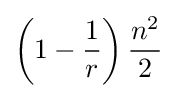
\left(1-{\frac {1}{r}}\right){\frac {n^{2}}{2}}